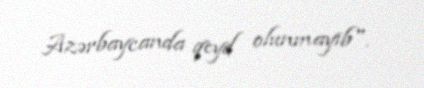
Azərbaycanda qeyd olunmayıb".